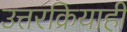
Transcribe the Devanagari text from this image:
उत्तरक्रियाही